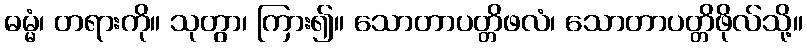
ဓမ္မံ၊ တရားကို။ သုတွာ၊ ကြား၍။ သောတာပတ္တိဖလံ၊ သောတာပတ္တိဖိုလ်သို့။